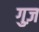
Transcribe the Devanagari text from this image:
गुज़